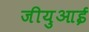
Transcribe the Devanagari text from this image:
जीयुआई